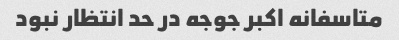
متاسفانه اکبر جوجه در حد انتظار نبود